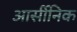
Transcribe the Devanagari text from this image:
आर्सीनिक